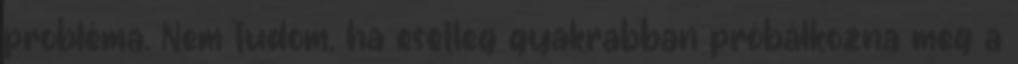
probléma. Nem tudom, ha esetleg gyakrabban próbálkozna meg a